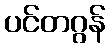
ပင်တဂွန်